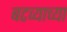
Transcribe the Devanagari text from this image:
बटव्याच्या